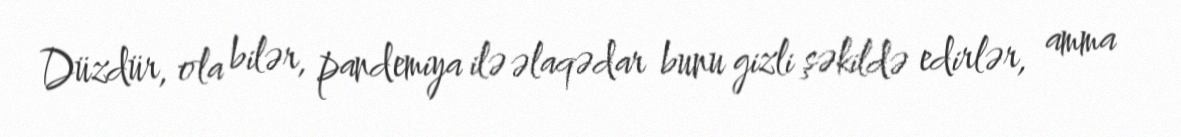
Düzdür, ola bilər, pandemiya ilə əlaqədar bunu gizli şəkildə edirlər, amma